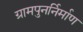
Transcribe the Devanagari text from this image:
ग्रामपुनर्निर्माण